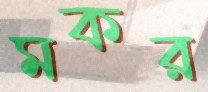
মকর